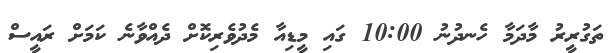
ތަގުރީރު މާދަމާ ހެނދުނު 10:00 ގައި މީޑިއާ މެދުވެރިކޮށް ދެއްވާނެ ކަމަށް ރައީސް